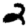
Digit: 2